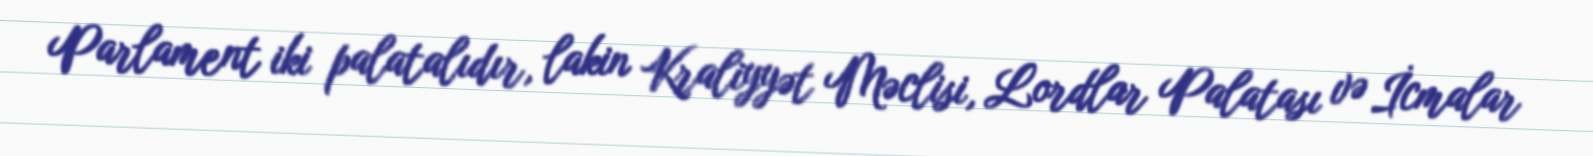
Parlament iki palatalıdır, lakin Kraliyyət Məclisi, Lordlar Palatası və İcmalar